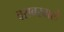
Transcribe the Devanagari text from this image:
बराबरवाले